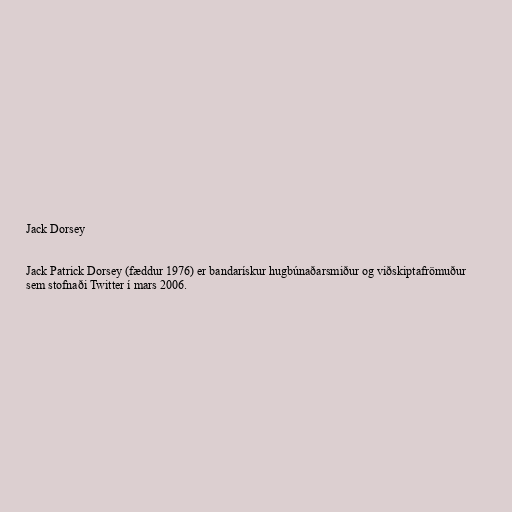
Jack Dorsey

Jack Patrick Dorsey (fæddur 1976) er bandarískur hugbúnaðarsmiður og viðskiptafrömuður
sem stofnaði Twitter í mars 2006.